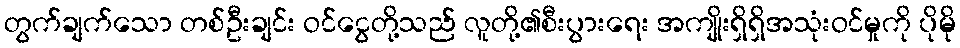
တွက်ချက်သော တစ်ဦးချင်း ဝင်ငွေတို့သည် လူတို့၏စီးပွားရေး အကျိုးရှိရှိအသုံးဝင်မှုကို ပိုမို